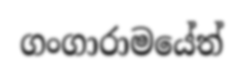
ගංගාරාමයේත්